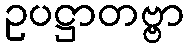
ဥပဋ္ဌာတဗ္ဗာ